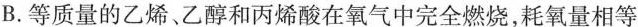
B.等质量的乙烯、乙醇和丙烯酸在氧气中完全燃烧，耗氧量相等